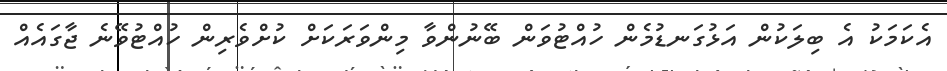
އެކަމަކު އެ ބިލަކުން އަޅުގަނޑުމެން ހުއްޓުވަން ބޭނުންވާ މިންވަރަކަށް ކުށްވެރިން ހުއްޓުވޭނެ ޖާގައެއް